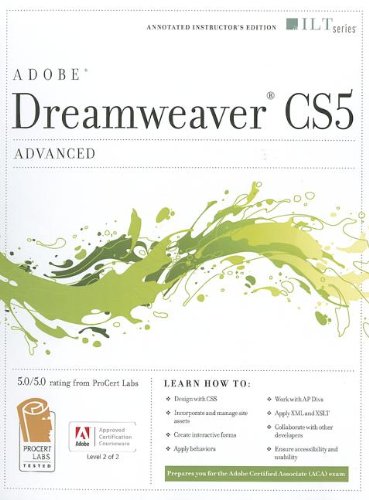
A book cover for Dreamweaver Cs5: Advanced, Aca Edition + Certblaster (ILT); Computers & Technology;